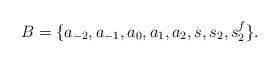
LaTeX: \begin{gather*} B = \{ a_{-2},a_{-1},a_0,a_1,a_2,s,s_2,s_2^f \}. \end{gather*}